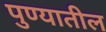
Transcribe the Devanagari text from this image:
पुण्‍यातील